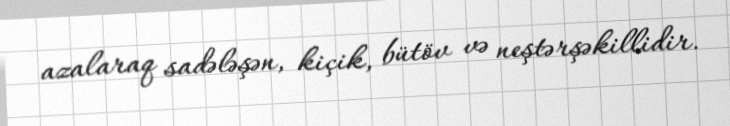
azalaraq sadələşən, kiçik, bütöv və neştərşəkillidir.